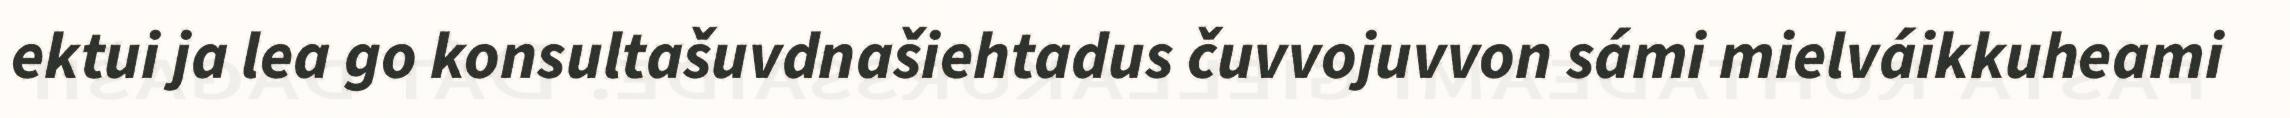
ektui ja lea go konsultašuvdnašiehtadus čuvvojuvvon sámi mielváikkuheami